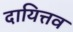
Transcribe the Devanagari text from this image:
दायित्तव